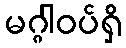
မဂ္ဂါဝပ်ရှိ